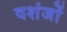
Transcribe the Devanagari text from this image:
वशंजों